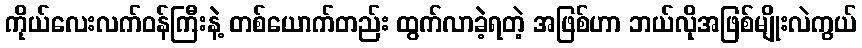
ကိုယ်လေးလက်ဝန်ကြီးနဲ့ တစ်ယောက်တည်း ထွက်လာခဲ့ရတဲ့ အဖြစ်ဟာ ဘယ်လိုအဖြစ်မျိုးလဲကွယ်